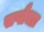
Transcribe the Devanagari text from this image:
सप्तैधाः